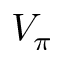
V _ { \pi }